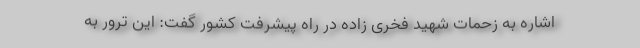
اشاره به زحمات شهید فخری زاده در راه پیشرفت کشور گفت: این ترور به